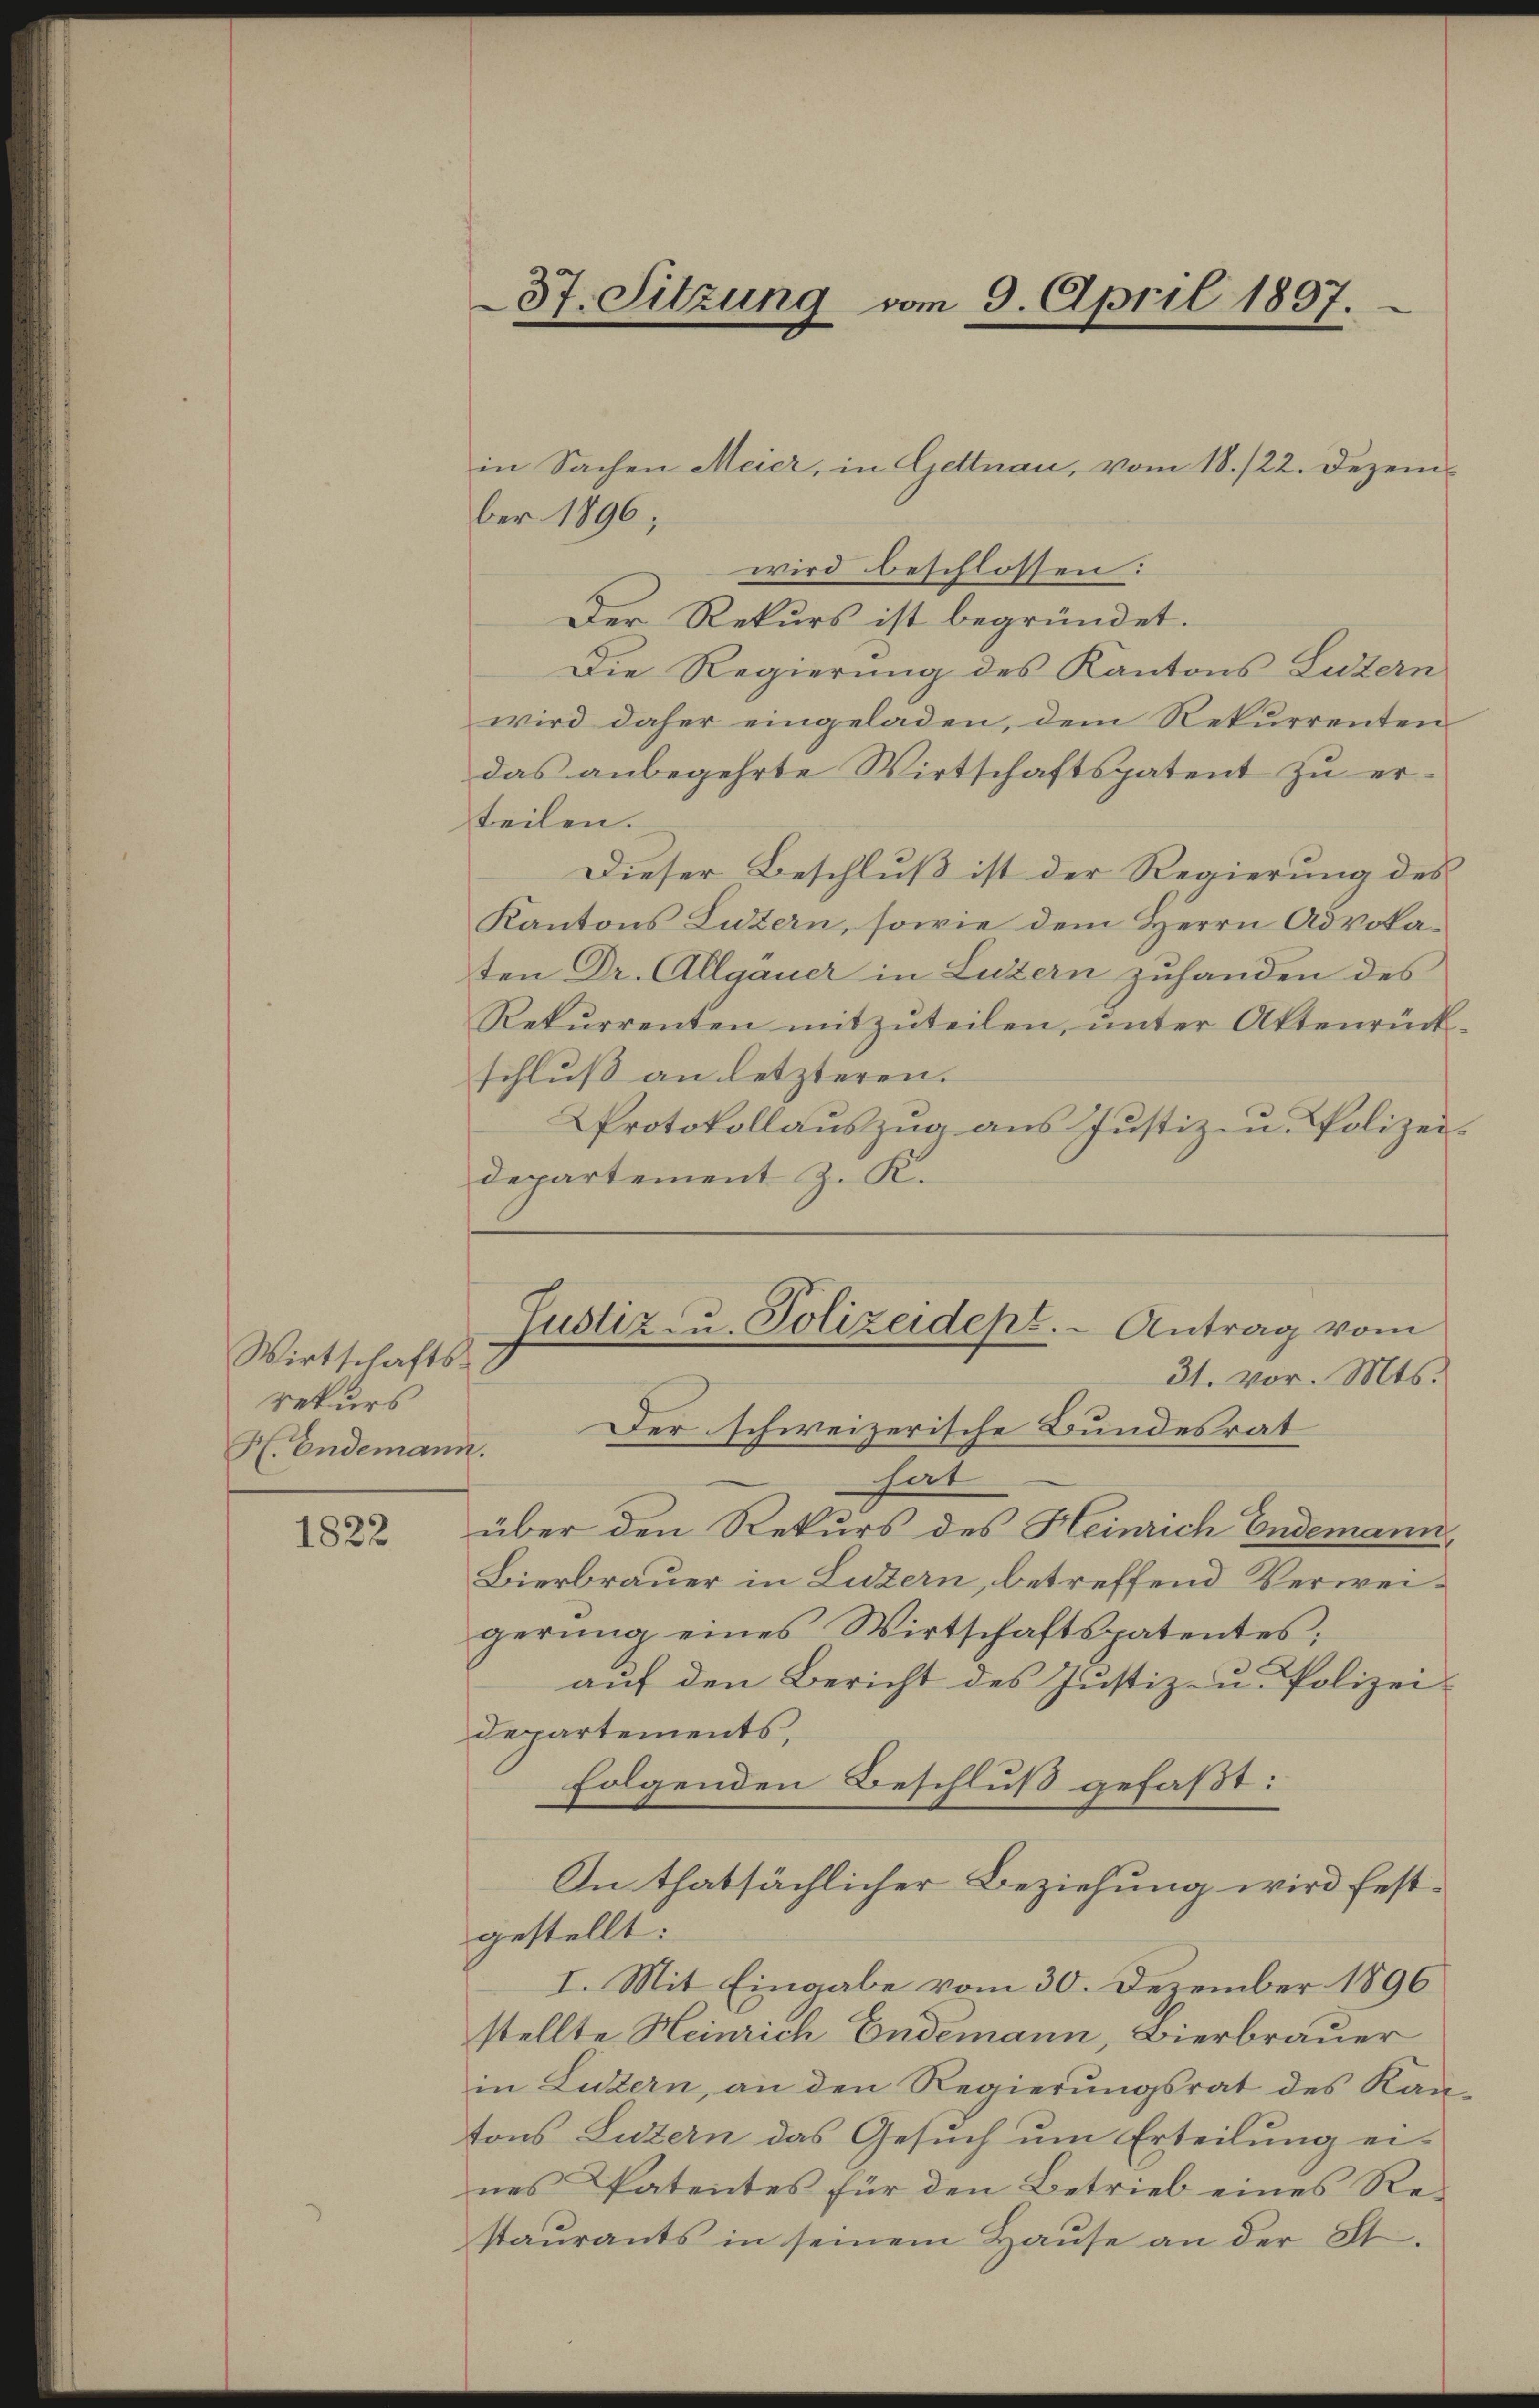
Wirtschaftsrekurs
H. Endemann.

1822

ber 1896;
wird beschlossen:
Der Rekurs ist begründet.
Die Regierung des Kantons Luzern
wird daher eingeladen, dem Rekurrenten
das anbegehrte Wirtschaftspatent zu erteilen.
Dieser Beschluß ist der Regierung des
Kantons Luzern, sowie dem Herrn Advokaten Dr. Allgauer in Luzern zuhanden des
Rekurrenten mitzŭteilen, ŭnter Aktenrück-
schluß an letzteren.
Protokollauszug aus Justiz- u. Polizeidepartement z. K.
Justiz- u. Polizeidept. - Antrag vom
31. vor. Mts.
Der schweizerische Bundesrat
hat
über den Rekurs des Heinrich Endemann,
Bierbrauer in Luzern, betreffend Verweigerung eines Wirtschaftspatentes;
auf den Bericht des Justiz- u. Polizei-
Departements,
folgenden Beschluß gefaßt:
In thatsächlicher Beziehung wird festgestellt:
I. Mit Eingabe vom 30. Dezember 1896
stellte Heinrich Endemann, Bierbrauer
in Luzern, an den Regierŭngsrat des Kan-
tons Luzern das Gesuch um Erteilung ei-
nes Patentes für den Betrieb eines Restaurants in seinem Hause an der St.

37. Sitzung vom 9. April 1837.

in Sachen Meier, in Gettnau, vom 18./22. Dezem¬